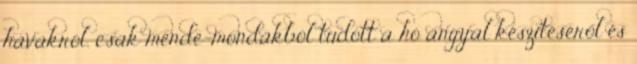
havakról, csak mende-mondákból tudott a hó angyal készítéséről és